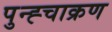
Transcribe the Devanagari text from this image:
पुन्ह्चाक्रण